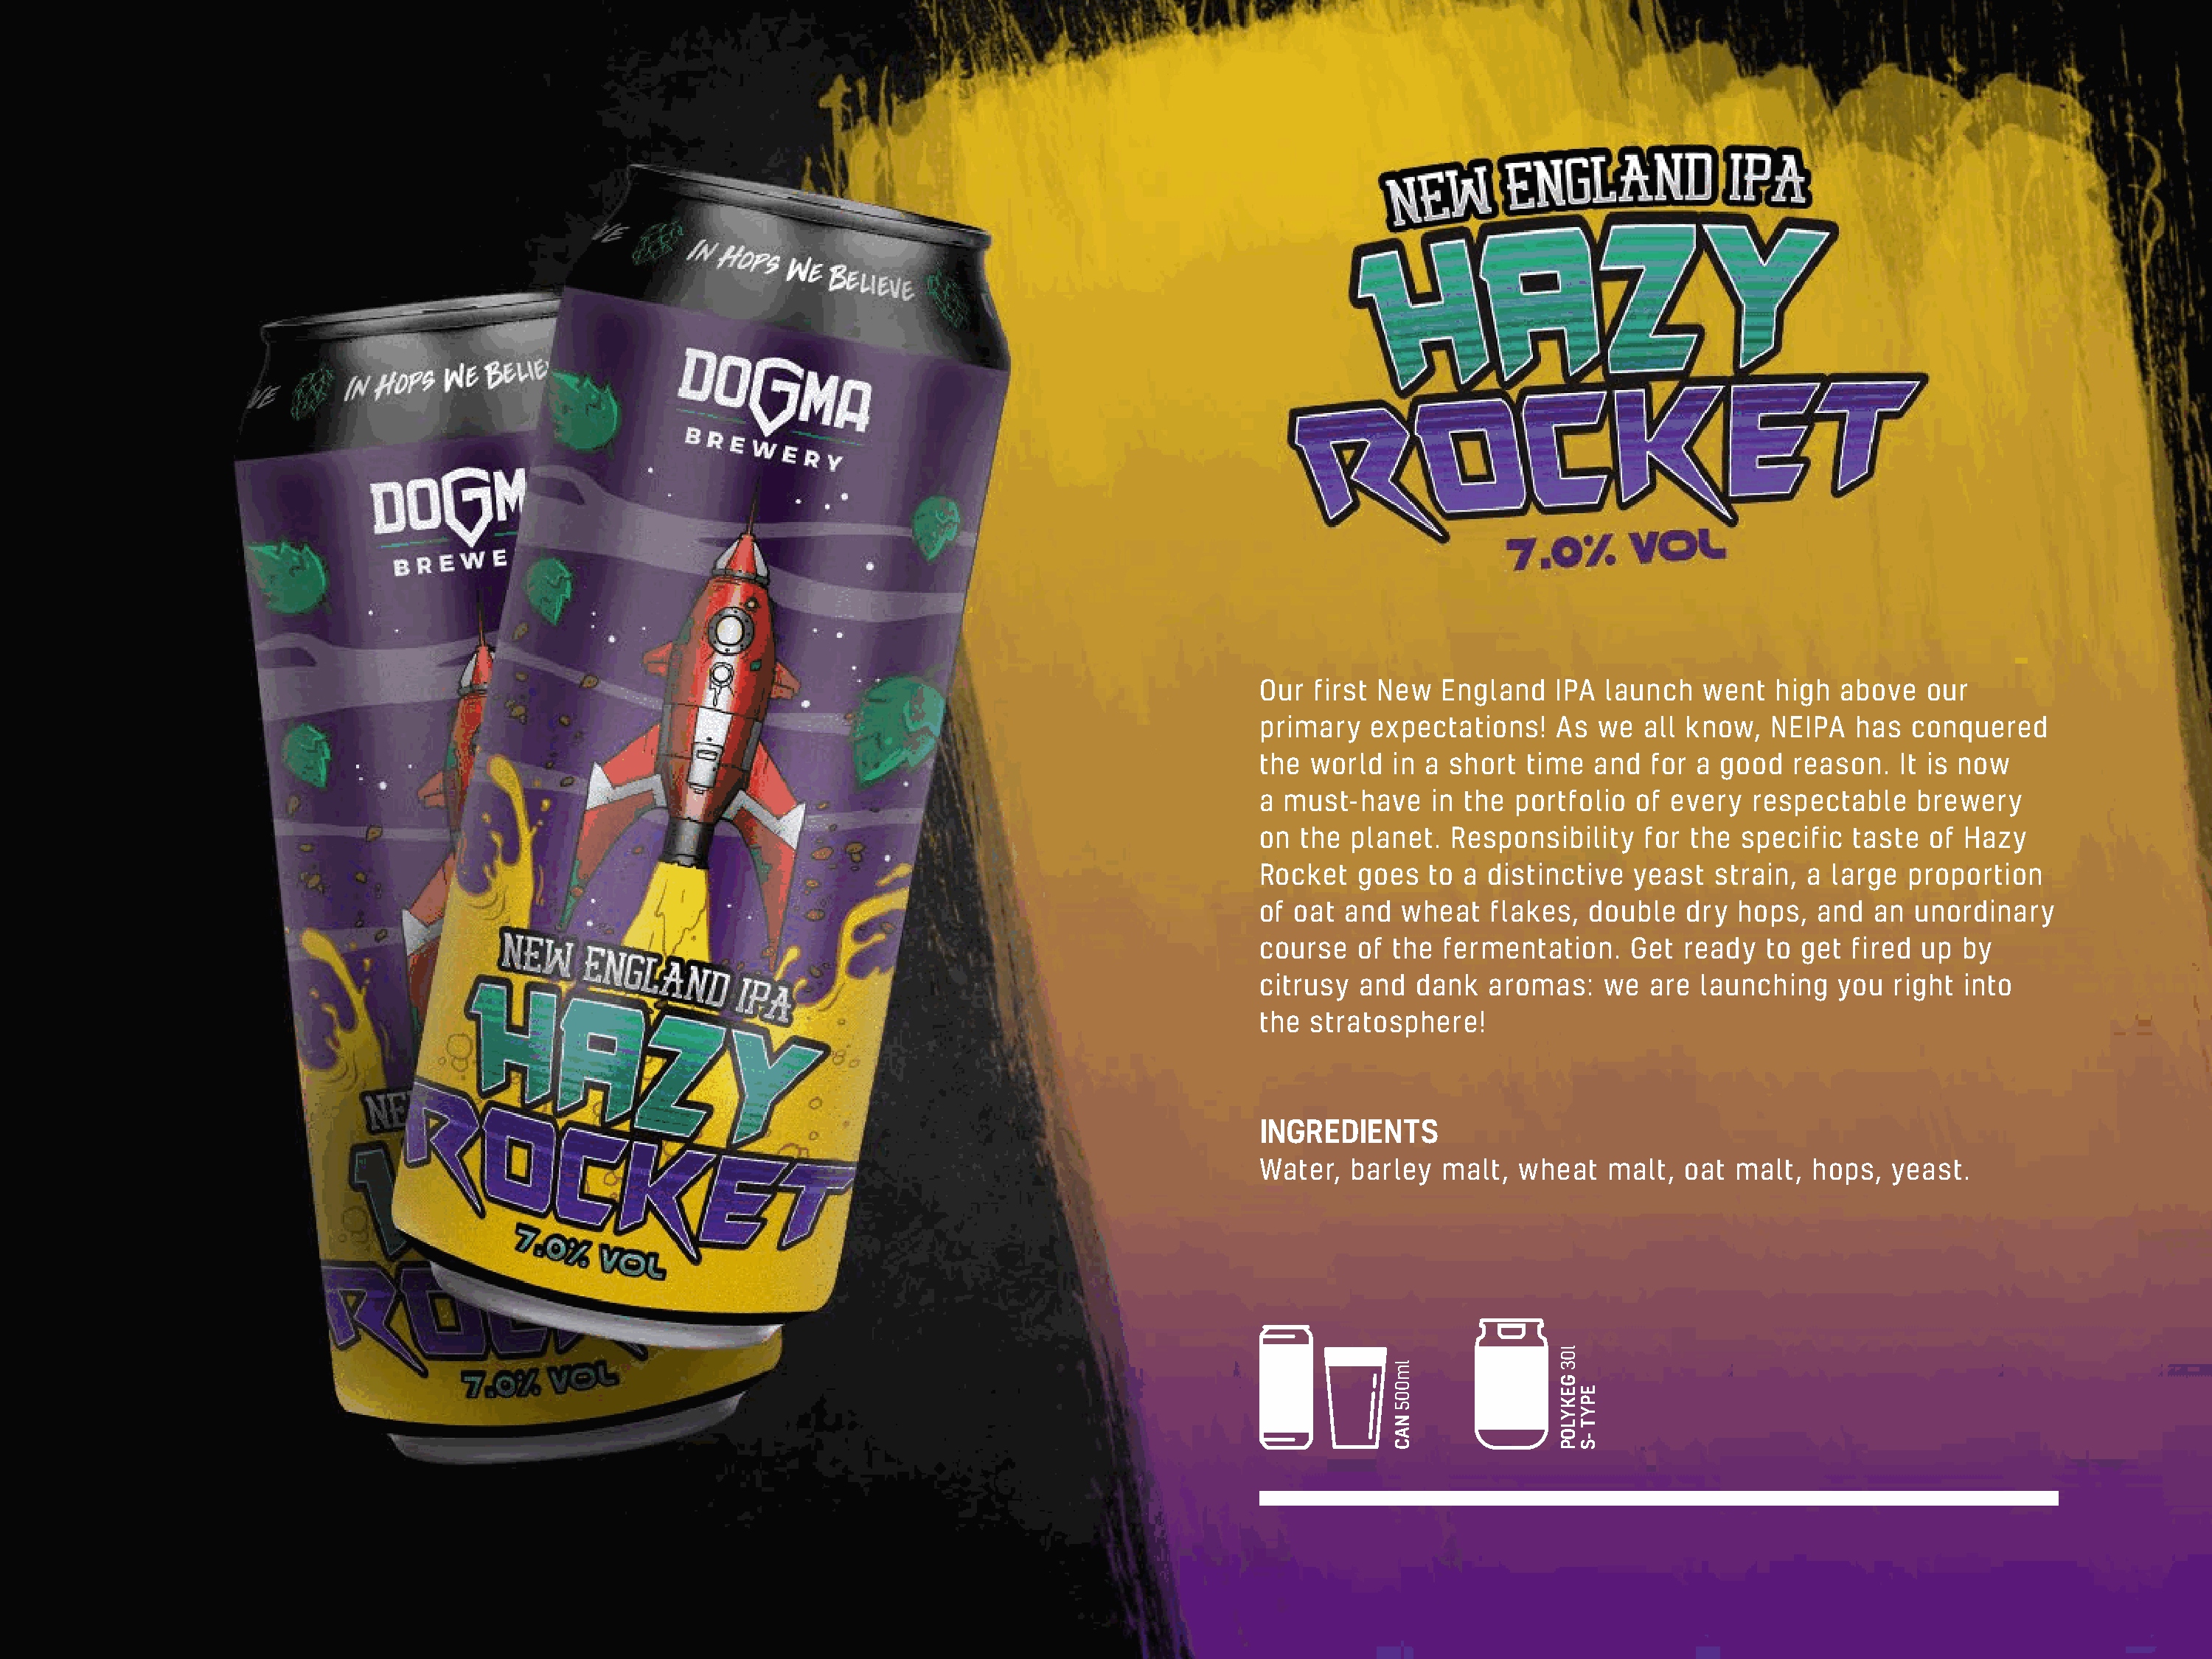
Our  first New  England    IPA launch   went  high  above   our
 primary   expectations!    As we   all know,  NEIPA   has  conquered
 the  world  in a short  time  and  for a good   reason.   It is now
 a must-have    in the  portfolio  of every  respectable    brewery
 on  the planet.  Responsibility    for the specific  taste  of Hazy
 Rocket   goes  to a  distinctive  yeast  strain, a large  proportion
 of oat  and  wheat   flakes,  double  dry  hops,  and  an  unordinary
 course   of the  fermentation.   Get  ready   to get fired  up by
 citrusy  and  dank   aromas:   we  are  launching   you  right into
 the  stratosphere!
 INGREDIENTS
 Water,  barley  malt,  wheat   malt,  oat  malt,  hops,  yeast.
 lm005
 NAC
 l03
 GEKYLOP
 EPYT
 -S